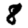
Digit: 8